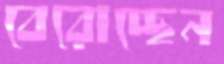
বেরোচ্ছেন